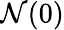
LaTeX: {\mathcal{N}}(0)